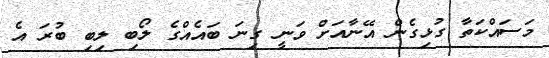
މަސައްކަތާ ގުޅިގެން އޭނާއަށް ވަނީ ގިނަ ބައެއްގެ ލޯބި ލިބި ބުރަ އެ